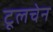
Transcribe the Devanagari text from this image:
टूलचेन